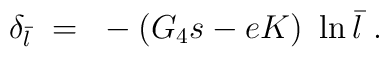
\delta_{\bar l}~=~-(G_4s -eK)~\ln \bar l~.